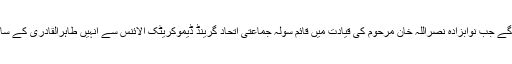
غیر سیاسی فیصلے کرنے کے رویے کے حوالے سے انہیں وہ دن یاد ہوں گے جب نوابزادہ نصراللہ خان مرحوم کی قیادت میں قائم سولہ جماعتی اتحاد گرینڈ ڈیموکریٹک الائنس سے انہیں طاہرالقادری کے ساتھ غیر آئینی آمر جنرل پرویز مشرف کی مسلسل حمایت پر نکال دیا گیا تھا۔